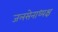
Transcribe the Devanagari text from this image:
जलसेनाध्यक्ष